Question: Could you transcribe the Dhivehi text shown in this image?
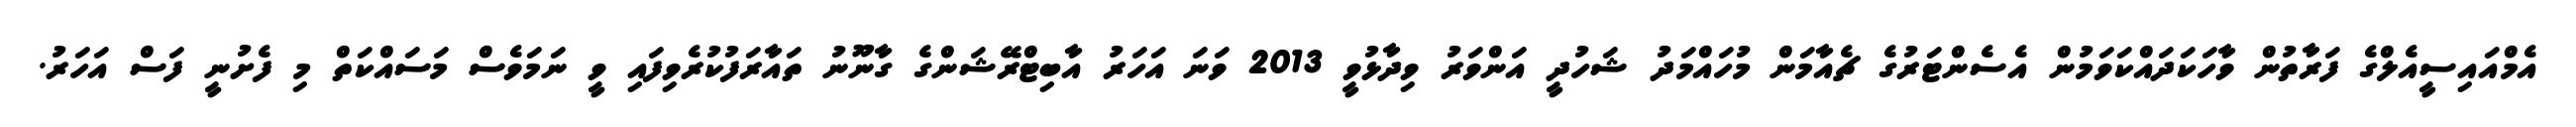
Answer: އެމްއައިސީއެލްގެ ފަރާތުން ވާހަކަދައްކަވަމުން އެސެންޓަރުގެ ޗެއާމަން މުހައްމަދު ޝަހުދީ އަންވަރު ވިދާޅުވީ 2013 ވަނަ އަހަރު އާބިޓްރޭޝަންގެ ގާނޫނު ތައާރަފުކުރެވިފައި ވީ ނަމަވެސް މަސައްކަތް މި ފެށުނީ ފަސް އަހަރު.